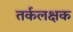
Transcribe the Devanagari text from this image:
तर्कलक्षक